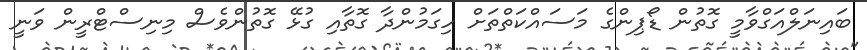
ބައިނަލްއަގްވާމީ ގޮތުން ޑޯޕިންގެ މަސައްކަތްތަށް ހިގަމުންދާ ގޮތާއި ގުޅޭ ގޮތުންވެސް މިނިސްޓްރީން ވަނީ